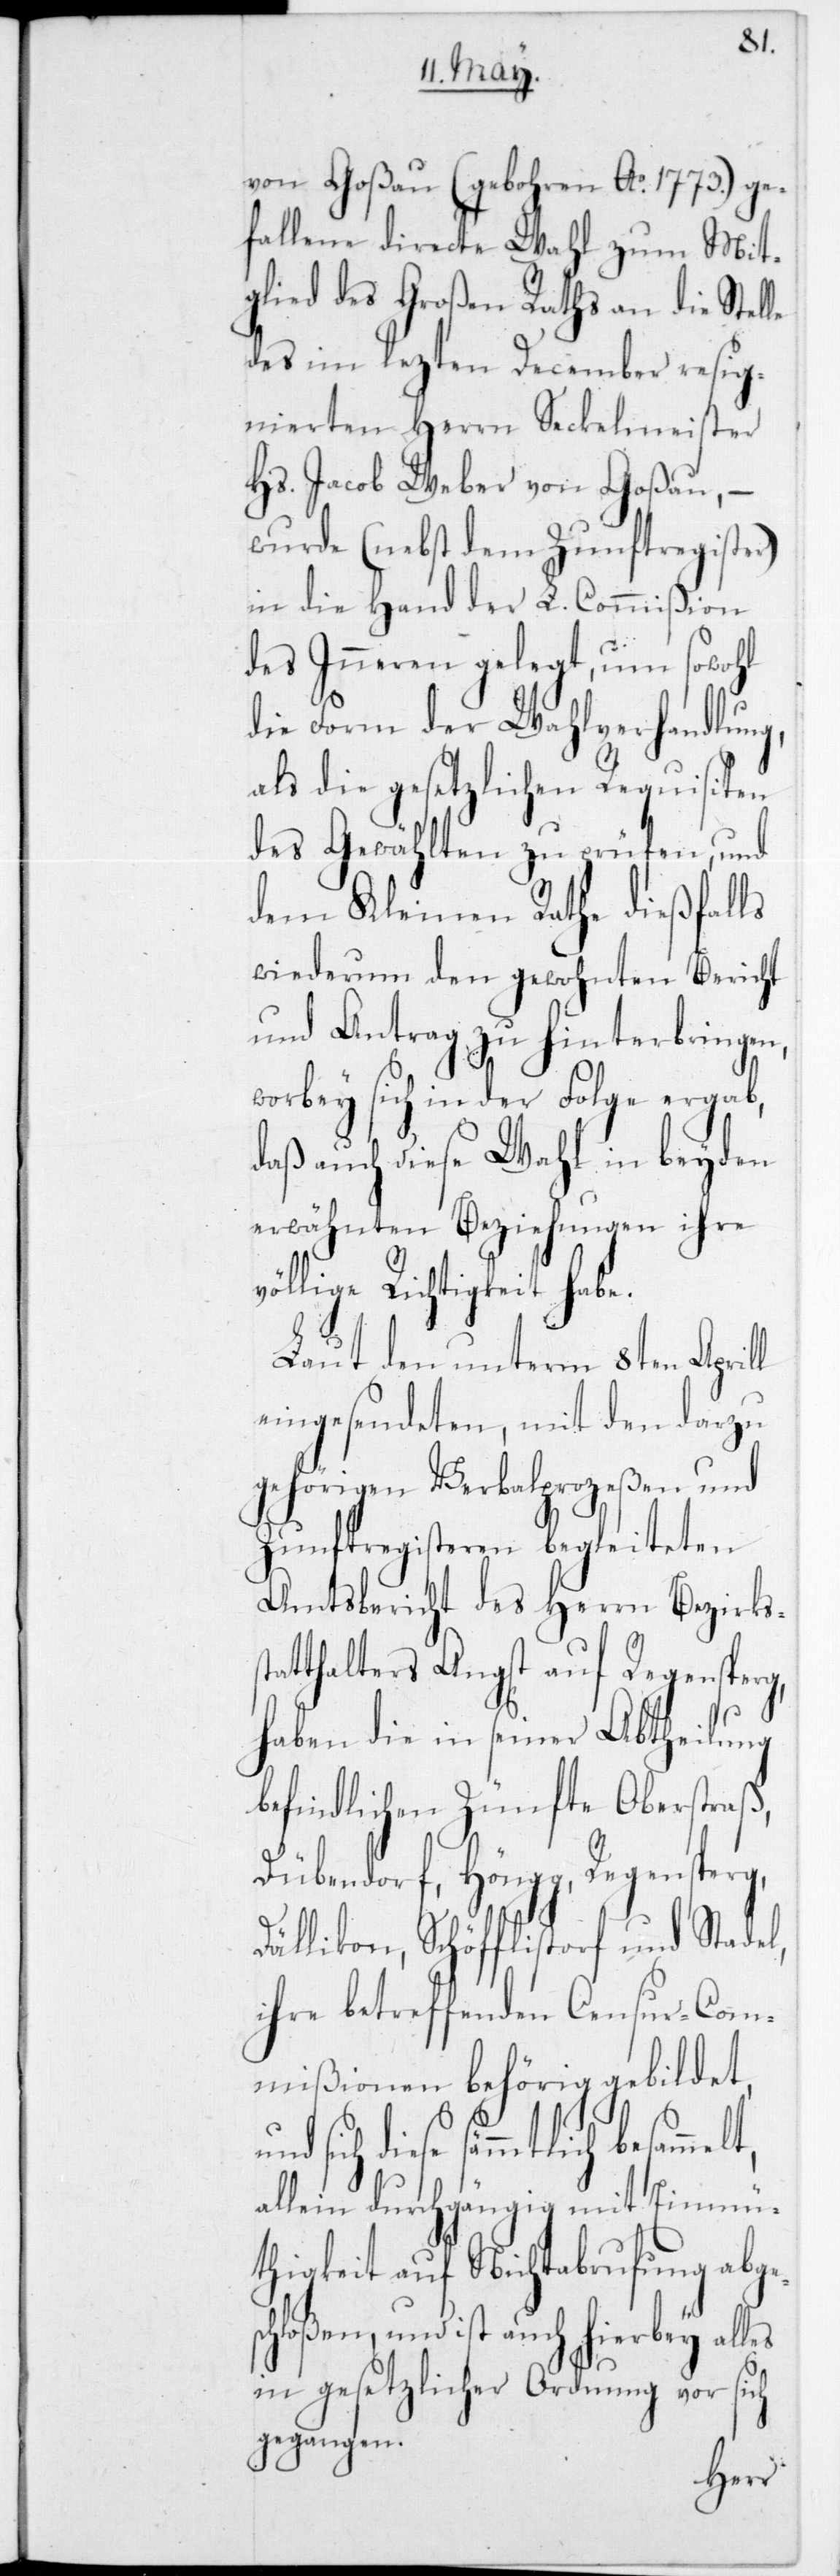
von Goßau (gebohren Ao 1773) ge¬
fallene directe Wahl zum Mit¬
glied des Großen Raths an die Stelle
des im lezten December resig¬
nierten Herrn Seckelmeister
Hs. Jacob Weber von Goßau, –
wurde (nebst dem Zunftregister)
in die Hand der L. Commißion
des Inneren gelegt, um sowohl
die Form der Wahlverhandlung,
als die gesetzlichen Requisiten
des Gewählten zu prüfen, und
dem Kleinen Rathe dießfalls
wiederum den gewohnten Bericht
und Antrag zu hinterbringen,
worbey sich in der Folge ergab,
daß auch diese Wahl in beyden
erwähnten Beziehungen ihre
völlige Richtigkeit habe.
Laut den unterm 8ten Aprill
eingesendeten, mit den darzu
gehörigen Verbalprozeßen und
Zunftregisteren begleiteten
Amtsbericht des Herrn Bezirks¬
tatthalters Angst auf Regensperg,
haben die in seiner Abtheilung
befindlichen Zünfte Oberstraß,
Dübendorf, Höngg, Regensperg,
Dällikon, Schöfflistorf und Stadel,
ihre betreffenden Censur-Com¬
mißionen behörig gebildet,
sich diese sämmtlich besamm¬
allein durchgängig mit Einmü¬
thigkeit auf Nichtabrufung abges¬
chloßen, und ist auch hierbey all¬
in gesetzlicher Ordnung vor sich
gegan¬
gen.